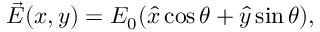
\begin{array} { r } { \vec { E } ( x , y ) = E _ { 0 } ( \hat { x } \cos { \theta } + \hat { y } \sin { \theta } ) , } \end{array}